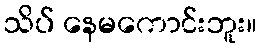
သိပ် နေမကောင်းဘူး။